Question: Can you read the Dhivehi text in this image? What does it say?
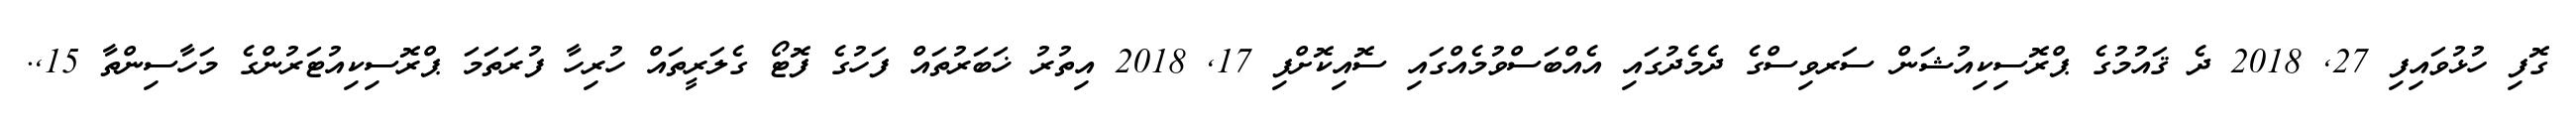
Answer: ގޮފި ހުޅުވައިފި 27, 2018 ދެ ޤައުމުގެ ޕްރޮސިކިއުޝަން ސަރވިސްގެ ދެމެދުގައި އެއްބަސްވުމެއްގައި ސޮއިކޮށްފި 17, 2018 އިތުރު ޚަބަރުތައް ފަހުގެ ފޮޓޯ ގެލަރީތައް ހުރިހާ ފުރަތަމަ ޕްރޮސިކިއުޓަރުންގެ މަހާސިންތާ 15,.